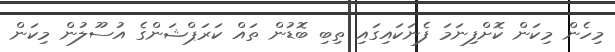
މިހެން މިކަން ކޮށްފިނަމަ ފެނަކައިގައި ތިބި ބޮޑުން ތައް ކަރަޕްޝަންގެ އުސޫލުން މިކަން